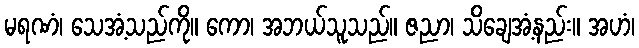
မရဏံ၊ သေအံ့သည်ကို။ ကော၊ အဘယ်သူသည်။ ဇညာ၊ သိချေအံ့နည်း။ အဟံ၊